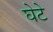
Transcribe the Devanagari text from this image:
घेटे